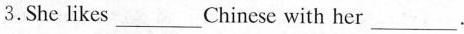
3.She likes___Chinese with her___.